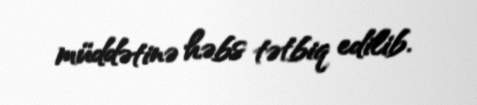
müddətinə həbs tətbiq edilib.